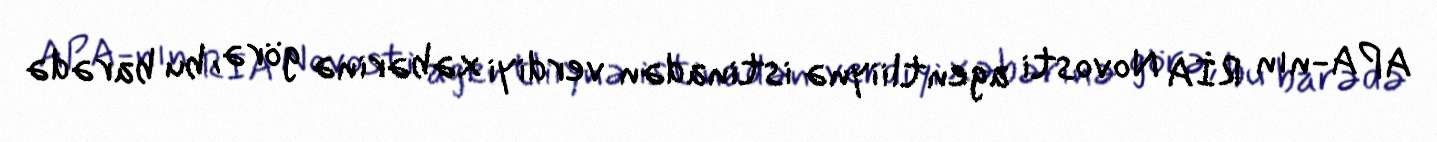
APA-nın RİA Novosti agentliiynə istinadən verdiyi xəbərinə görə, bu barədə